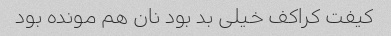
کیفت کراکف خیلی بد بود نان هم مونده بود